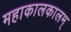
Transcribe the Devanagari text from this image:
महाकालकालम्